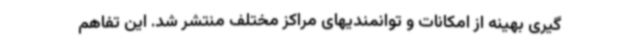
گیری بهینه از امکانات و توانمندیهای مراکز مختلف منتشر شد. این تفاهم